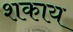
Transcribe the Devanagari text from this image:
शकाय